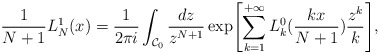
\begin{align*}\frac{1}{N+1}{L^{1}_{N}}(x)=\frac{1}{2\pi i}\int_{{\cal C}_0}\frac{dz}{z^{N+1}}\exp\Biggl[\sum_{k=1}^{+\infty}L^{0}_{k}(\frac{kx}{N+1})\frac{z^k}{k}\Biggr],\end{align*}